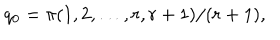
LaTeX: q _ { 0 } = \pi ( 1 , 2 , \ldots , r , r + 1 ) / ( r + 1 ) ,